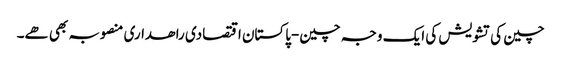
چین کی تشویش کی ایک وجہ چین-پاکستان اقتصادی راھداری منصوبہ بھی ھے۔